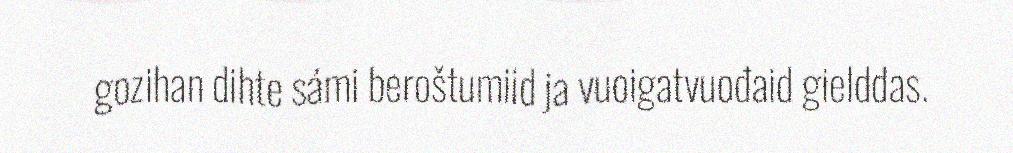
gozihan dihte sámi beroštumiid ja vuoigatvuođaid gielddas.